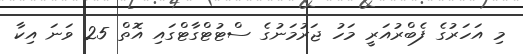
މި އަހަރުގެ ފެބްރުއަރީ މަހު ޖަރުމަނުގެ ސްޓުޓްގާޓްގައި އޮތް 25 ވަނަ އިކާ